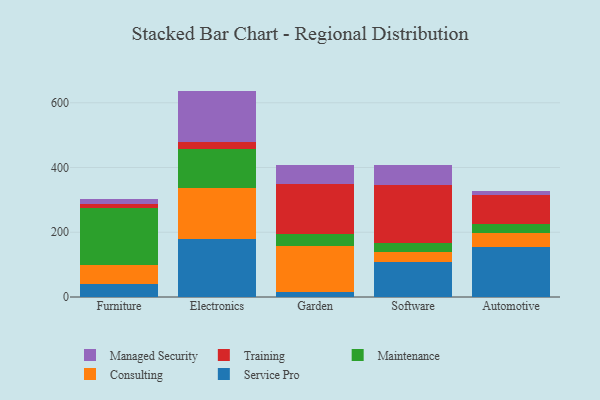
{"axis": {"x": "Category", "y": "Waste Production (Tons)"}, "legend": ["Consulting", "Maintenance", "Managed Security", "Service Pro", "Training"], "data": [{"x": "Furniture", "y": 39.8, "type": "Service Pro"}, {"x": "Furniture", "y": 59.6, "type": "Consulting"}, {"x": "Furniture", "y": 175.0, "type": "Maintenance"}, {"x": "Furniture", "y": 11.8, "type": "Training"}, {"x": "Furniture", "y": 17.5, "type": "Managed Security"}, {"x": "Electronics", "y": 179.1, "type": "Service Pro"}, {"x": "Electronics", "y": 156.2, "type": "Consulting"}, {"x": "Electronics", "y": 121.6, "type": "Maintenance"}, {"x": "Electronics", "y": 22.4, "type": "Training"}, {"x": "Electronics", "y": 157.5, "type": "Managed Security"}, {"x": "Garden", "y": 17.0, "type": "Service Pro"}, {"x": "Garden", "y": 139.7, "type": "Consulting"}, {"x": "Garden", "y": 38.6, "type": "Maintenance"}, {"x": "Garden", "y": 153.0, "type": "Training"}, {"x": "Garden", "y": 60.6, "type": "Managed Security"}, {"x": "Software", "y": 107.7, "type": "Service Pro"}, {"x": "Software", "y": 30.8, "type": "Consulting"}, {"x": "Software", "y": 28.1, "type": "Maintenance"}, {"x": "Software", "y": 178.2, "type": "Training"}, {"x": "Software", "y": 61.5, "type": "Managed Security"}, {"x": "Automotive", "y": 155.9, "type": "Service Pro"}, {"x": "Automotive", "y": 40.4, "type": "Consulting"}, {"x": "Automotive", "y": 29.1, "type": "Maintenance"}, {"x": "Automotive", "y": 89.2, "type": "Training"}, {"x": "Automotive", "y": 14.3, "type": "Managed Security"}]}